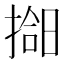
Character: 𫽰